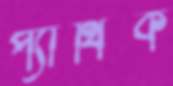
প্যাথিক